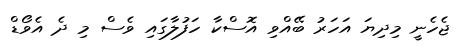
ޖެހެނީ މިދިޔަ އަހަރު ބޭއްވި އޮސްކާ ހަފުލާގައި ވެސް މި ދެ އެވޯޑް